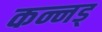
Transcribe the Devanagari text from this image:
कन्नड्